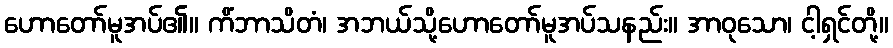
ဟောတော်မူအပ်၏။ ကိံဘာသိတံ၊ အဘယ်သို့ဟောတော်မူအပ်သနည်း။ အာဝုသော၊ ငါ့ရှင်တို့။